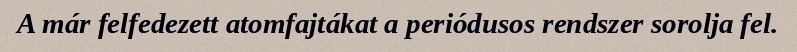
A már felfedezett atomfajtákat a periódusos rendszer sorolja fel.